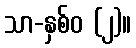
သာ-နှစ်ဝ (၂)။